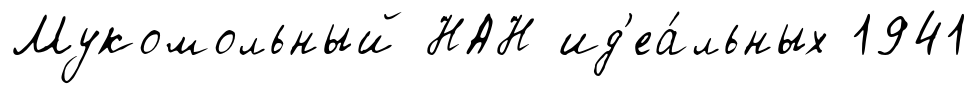
Мукомольный НАН ид'еа́льных 1941